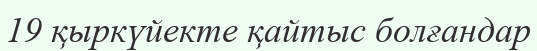
19 қыркүйекте қайтыс болғандар